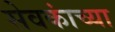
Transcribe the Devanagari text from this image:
सेवकांच्या